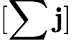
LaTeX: [\sum\mathbf{j}]